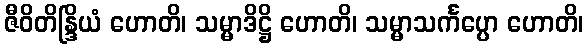
ဇီဝိတိန္ဒြိယံ ဟောတိ၊ သမ္မာဒိဋ္ဌိ ဟောတိ၊ သမ္မာသင်္ကပ္ပော ဟောတိ၊